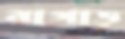
নাগাড়